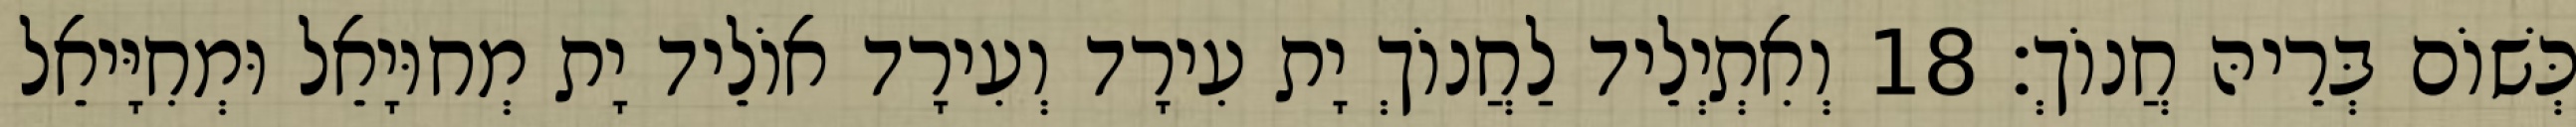
כְּשׁוֹם בְּרֵיהּ חֲנוֹךְ׃ 18 וְאִתְיְלֵיד לַחֲנוֹךְ יָת עִירָד וְעִירָד אוֹלֵיד יָת מְחוּיָאֵל וּמְחִיָּיאֵל